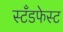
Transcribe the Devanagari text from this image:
स्टँडफेस्ट